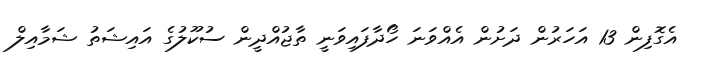
އެގޮފިން 13 އަހަރުން ދަށުން އެއްވަނަ ހޯދާފައިވަނީ ތާޖުއްދީން ސުކޫލުގެ އައިޝަތު ޝަމާއިލް